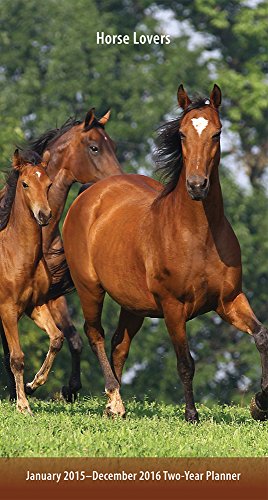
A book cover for Horse Lovers 2015-2016 Pocket Planner; BrownTrout; Calendars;